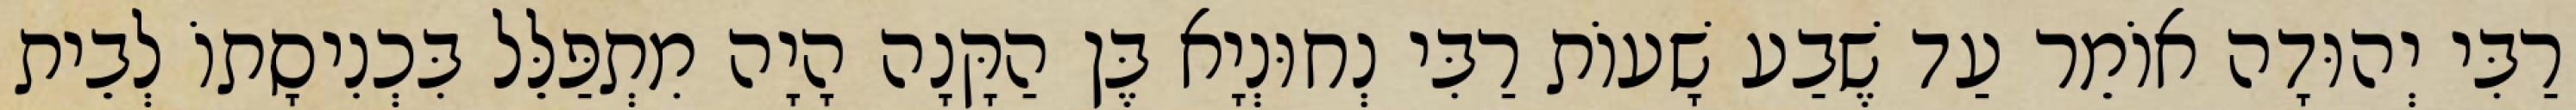
רַבִּי יְהוּדָה אוֹמֵר עַד שֶׁבַע שָׁעוֹת רַבִּי נְחוּנְיָא בֶּן הַקָּנָה הָיָה מִתְפַּלֵּל בִּכְנִיסָתוֹ לְבֵית